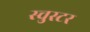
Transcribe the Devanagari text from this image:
स्चुस्टर